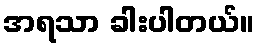
အရသာ ခါးပါတယ်။